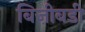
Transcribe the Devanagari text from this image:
बिज़ीबडी